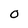
Character: O